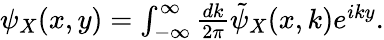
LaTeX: \begin{array}{r}{\psi_{X}(x,y)=\int_{-\infty}^{\infty}\frac{dk}{2\pi}\tilde{\psi}_{X}(x,k)e^{iky}.}\end{array}